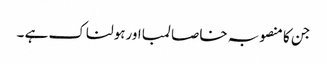
جن کا منصوبہ خاصا لمبا اورہولناک ہے ۔